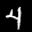
Label: 4